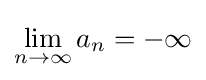
\lim _{n\to \infty }a_{n}=-\infty